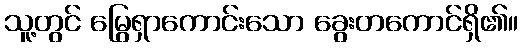
သူ့တွင် မြွေရှာကောင်းသော ခွေးတကောင်ရှိ၏။